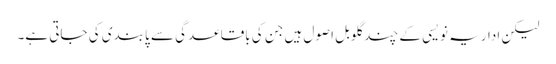
لیکن اداریہ نویسی کے چند گلوبل اصول ہیں جن کی باقاعدگی سے پابندی کی جاتی ہے۔